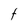
Character: t